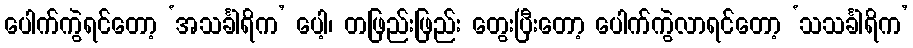
ပေါက်ကွဲရင်တော့ ‘အသင်္ခါရိက’ ပေါ့၊ တဖြည်းဖြည်း တွေးပြီးတော့ ပေါက်ကွဲလာရင်တော့ ‘သသင်္ခါရိက’